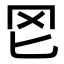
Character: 𦉮